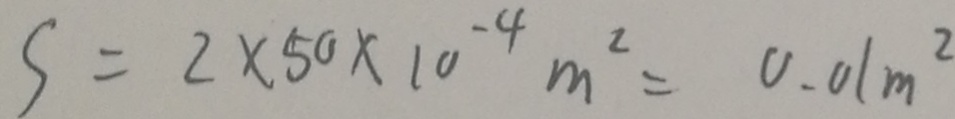
S = 2 \times 5 0 \times 1 0 ^ { - 4 } m ^ { 2 } = 0 . 0 1 m ^ { 2 }